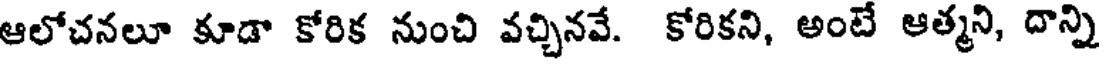
ఆలోచనలూ కూడా కోరిక నుంచి వచ్చినవే. కోరికని, అంటే ఆత్మని, దాన్ని